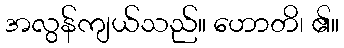
အလွန်ကျယ်သည်။ ဟောတိ၊ ၏။